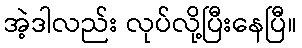
အဲ့ဒါလည်း လုပ်လို့ပြီးနေပြီ။